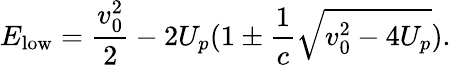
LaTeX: E_{\textrm{low}}=\frac{v_{0}^{2}}{2}-2U_{p}(1\pm\frac{1}{c}\sqrt{v_{0}^{2}-4U_{p}}).